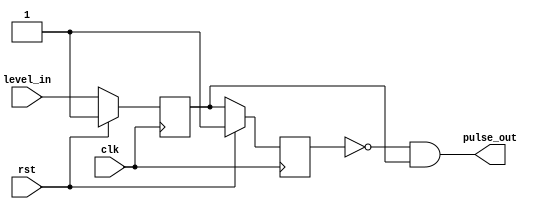
//******************************************************************************
// Copyright (c) 2018 - 2023, Indian Institute of Science, Bangalore.
// All Rights Reserved. See LICENSE for license details.
//------------------------------------------------------------------------------

// Contributors // Manish Kumar(manishkumar5@iisc.ac.in), Shubham Yadav(shubhamyadav@iisc.ac.in)
// Sajin S (sajins@alum.iisc.ac.in), Shubham Sunil Garag (shubhamsunil@alum.iisc.ac.in)
// Anuj Phegade (anujphegade@alum.iisc.ac.in), Deepshikha Gusain (deepshikhag@alum.iisc.ac.in)
// Ronit Patel (ronitpatel@alum.iisc.ac.in), Vishal Kumar (vishalkumar@alum.iisc.ac.in)
// Kuruvilla Varghese (kuru@iisc.ac.in)
//******************************************************************************
`timescale 1ns/1ps

(* keep_hierarchy = "yes" *)
module level2pulse
#(
    parameter EDGE                          = "posedge",    //"posedge", "negedge" , "both"
    parameter integer PULSE_ACTIVE_POLARITY = 1,    //1=> Active High Polarity of Output Pulse, 0=> Active High
    parameter integer SYNC                  = 1     //Pulse sync w.r.t clock (latency increases by 1 clk)
)
(
    input  wire clk,
    input  wire rst,

    input  wire level_in,
    output wire pulse_out
);

reg level_q;
always @(posedge clk) begin
    if(rst) begin
        if(EDGE=="posedge")
            level_q <= 1'b1;
        else if(EDGE=="negedge")
            level_q <= 1'b0;
        else
            level_q <= 1'b0;
    end
    else
        level_q <= level_in;
end

generate
    reg level_q_q;
    if(SYNC>0) begin
        always @(posedge clk) begin
            if(rst) begin
                if(EDGE=="posedge")
                    level_q_q <= 1'b1;
                else if(EDGE=="negedge")
                    level_q_q <= 1'b0;
                else
                    level_q_q <= 1'b0;
            end
            else
                level_q_q <= level_q;
        end
    end
endgenerate


generate
    //generate active high pulse
    wire pulse;
    if(SYNC>0) begin
        if(EDGE=="posedge") begin
            assign pulse = ~level_q_q & level_q;
        end
        else if(EDGE=="negedge") begin
            assign pulse = level_q_q & ~level_q;
        end
        else if(EDGE=="both") begin
            assign pulse = level_q_q ^ level_q;
        end
        else begin
            assign pulse = 1'b0;
        end
    end
    else begin
        if(EDGE=="posedge") begin
            assign pulse = ~level_q & level_in;
        end
        else if(EDGE=="negedge") begin
            assign pulse = level_q & ~level_in;
        end
        else if(EDGE=="both") begin
            assign pulse = level_q ^ level_in;
        end
        else begin
            assign pulse = 1'b0;
        end
    end

    //convert according to output polarity
    if(PULSE_ACTIVE_POLARITY==0) begin
        assign pulse_out = ~pulse;
    end
    else begin
        assign pulse_out = pulse;
    end
endgenerate

endmodule